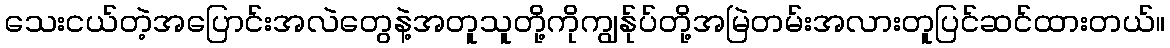
သေးငယ်တဲ့အပြောင်းအလဲတွေနဲ့အတူသူတို့ကိုကျွန်ုပ်တို့အမြဲတမ်းအလားတူပြင်ဆင်ထားတယ်။